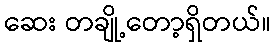
ဆေး တချို့တော့ရှိတယ်။